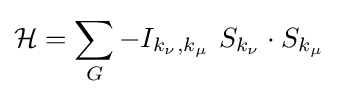
{\mathcal {H}}=\sum _{G}-I_{k_{\nu },k_{\mu }}\,\,S_{k_{\nu }}\cdot S_{k_{\mu }}